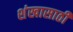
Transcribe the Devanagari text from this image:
शंखासाठी